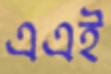
এএই